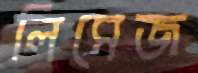
লিসেজ